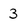
Character: 3